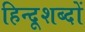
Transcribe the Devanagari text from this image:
हिन्दूशब्दों